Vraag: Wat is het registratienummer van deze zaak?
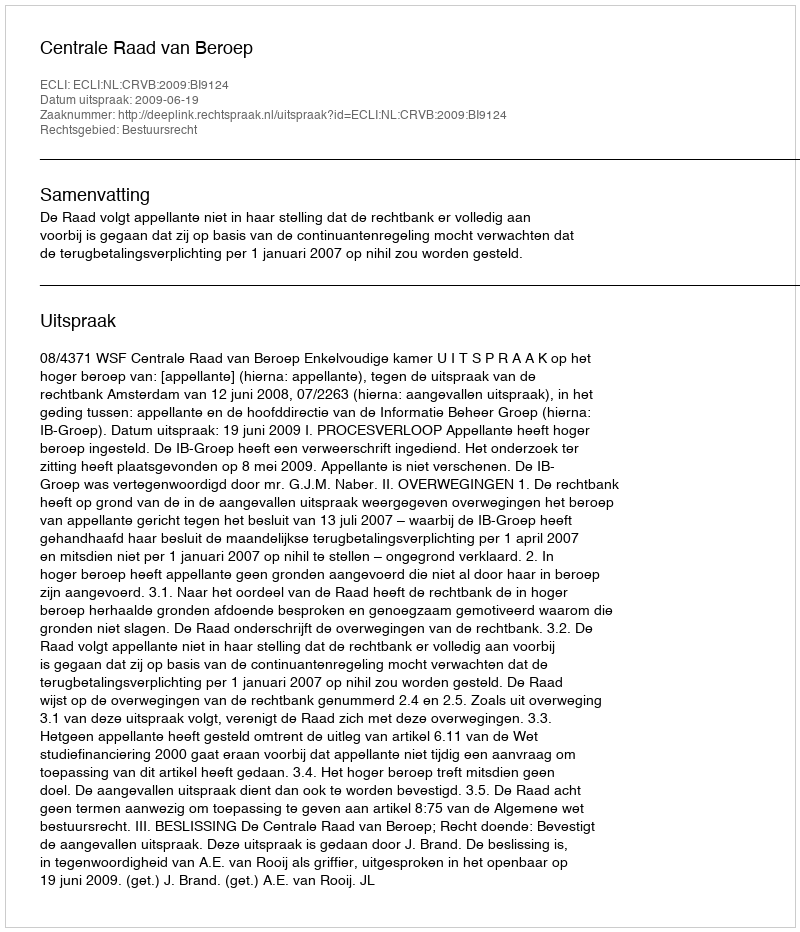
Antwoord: http://deeplink.rechtspraak.nl/uitspraak?id=ECLI:NL:CRVB:2009:BI9124